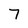
Character: 7